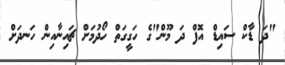
"ދަ ޑާކް ސައިޑް އޮފް ދަ މޫން"ގެ ހަގީގަތް ހޯދުމަށް ޗައިނާއިން ހަނދަށް